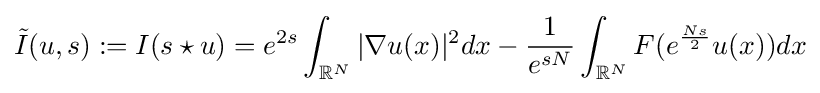
{\tilde {I}}(u,s):=I(s\star u)=e^{2s}\int _{\mathbb {R} ^{N}}|\nabla u(x)|^{2}dx-{\frac {1}{e^{sN}}}\int _{\mathbb {R} ^{N}}F(e^{\frac {Ns}{2}}u(x))dx